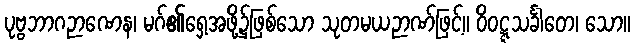
ပုဗ္ဗဘာဂဉာဏေန၊ မဂ်၏ရှေ့အဖို့၌ဖြစ်သော သုတမယဉာဏ်ဖြင့်။ ဝိဝဋ္ဋသင်္ခါတေ၊ သော။